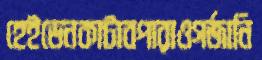
হেইডেনকাটাবপারাওগর্জানি